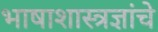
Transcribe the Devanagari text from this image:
भाषाशास्त्रज्ञांचे